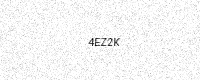
Text: 4EZ2K